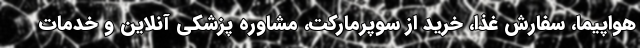
هواپیما، سفارش غذا، خرید از سوپرمارکت، مشاوره پزشکی آنلاین و خدمات